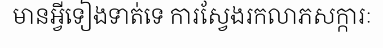
មានអ្វីទៀងទាត់ទេ ការស្វែងរកលាភសក្ការៈ